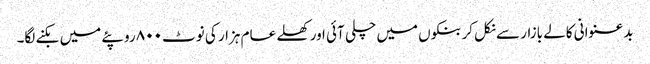
بدعنوانی کالے بازار سے نکل کر بنکوں میں چلی آئی اور کھلے عام ہزار کی نوٹ ۸۰۰ روپئے میں بکنے لگا۔